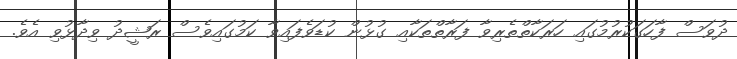
ދުވަސް ފާހަގަކުރުމުގައި ހަރަކާތްތެރިވާ ފަރާތްތަކާއި ގުޅުން ކުޑަވެފައިވާ ކަމުގައިވެސް ރަޝީދު ވިދާޅުވި އެވެ.